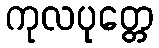
ကုလပုတ္တေ